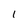
Character: I